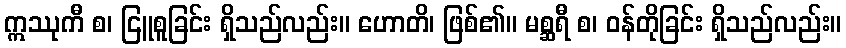
ဣဿုကီ စ၊ ငြူစူခြင်း ရှိသည်လည်း။ ဟောတိ၊ ဖြစ်၏။ မစ္ဆရီ စ၊ ဝန်တိုခြင်း ရှိသည်လည်း။